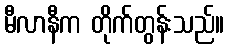
မီလာနီက တိုက်တွန်းသည်။